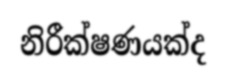
නිරීක්ෂණයක්ද